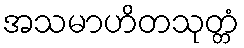
အသမာဟိတသုတ္တံ